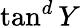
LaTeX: \tan^{d}Y